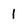
Character: 1